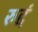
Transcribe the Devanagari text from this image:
रुद्दं